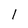
Character: l